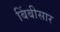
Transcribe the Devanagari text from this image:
बिंबीसार